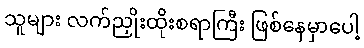
သူများ လက်ညှိုးထိုးစရာကြီး ဖြစ်နေမှာပေါ့